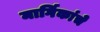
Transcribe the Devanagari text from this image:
मार्गिकांचे